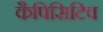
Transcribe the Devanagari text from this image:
कैपिसिटिव